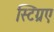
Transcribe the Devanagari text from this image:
स्टिंग्रए